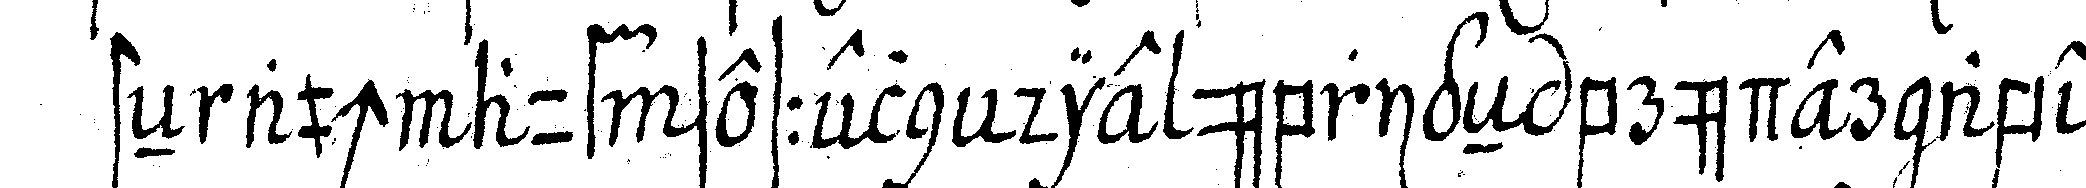
steN auch auf sesseln die übrigeN brüder aber